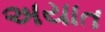
અયાત